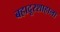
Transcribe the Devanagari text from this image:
बहादूरशाहाला